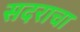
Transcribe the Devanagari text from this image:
सदराचा